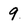
Character: 9